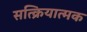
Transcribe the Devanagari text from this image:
सत्क्रियात्मक